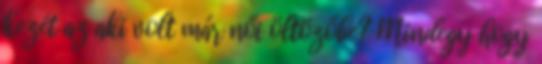
kezét az aki volt már női öltözőbe? Mindegy hogy